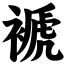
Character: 褫